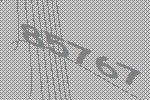
85767